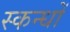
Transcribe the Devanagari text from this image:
स्कन्धों